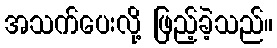
အသက်ပေးလို့ ဖြည့်ခဲ့သည်။